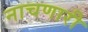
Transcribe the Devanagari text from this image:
नाचणारी